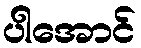
ပါအောင်